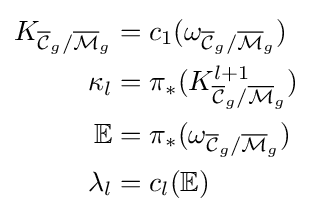
{\begin{aligned}K_{{\overline {\mathcal {C}}}_{g}/{\overline {\mathcal {M}}}_{g}}&=c_{1}(\omega _{{\overline {\mathcal {C}}}_{g}/{\overline {\mathcal {M}}}_{g}})\\\kappa _{l}&=\pi _{*}(K_{{\overline {\mathcal {C}}}_{g}/{\overline {\mathcal {M}}}_{g}}^{l+1})\\\mathbb {E} &=\pi _{*}(\omega _{{\overline {\mathcal {C}}}_{g}/{\overline {\mathcal {M}}}_{g}})\\\lambda _{l}&=c_{l}(\mathbb {E} )\end{aligned}}